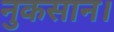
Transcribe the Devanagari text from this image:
नुकसान।